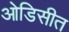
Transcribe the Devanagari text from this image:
ओडिसीत